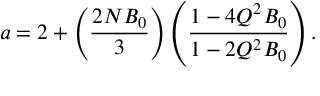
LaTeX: a = 2 + \left( \frac { 2 N B _ { 0 } } { 3 } \right) \left( \frac { 1 - 4 Q ^ { 2 } B _ { 0 } } { 1 - 2 Q ^ { 2 } B _ { 0 } } \right) .